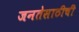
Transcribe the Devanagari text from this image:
जनतेसाठीची